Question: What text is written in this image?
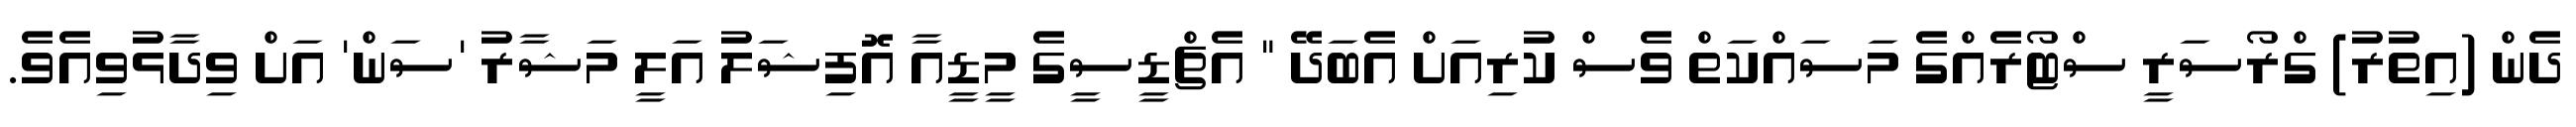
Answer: ދެން (އިތުރު) ގްރޯސަރީ ސްޓޯރެއްގެ މަސައްކަތް ވެސް ކުރިއަށް އެބަދޭ " އެޗްޑީސީގެ މީޑީއާ އޮފިޝަލު އަލީ މަޝާރު 'ސަން' އަށް ވިދާޅުވިއެވެ.